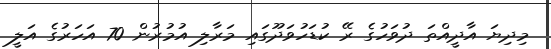
މިދިޔަ އާދީއްތަ ދުވަހުގެ ރޭ ކުޑަހުވަދޫގައި މަރާލި އުމުރުން 70 އަހަރުގެ އަލީ